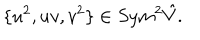
LaTeX: \{ u ^ { 2 } , u v , v ^ { 2 } \} \in S y m ^ { 2 } \hat { V } .